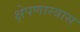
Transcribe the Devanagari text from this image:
क्षेपणास्त्रास